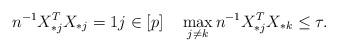
LaTeX: \begin{align*}n^{-1}X_{*j}^TX_{*j}=1j\in[p]\quad\max_{j\neq k}n^{-1}X_{*j}^TX_{*k}\leq \tau.\end{align*}